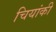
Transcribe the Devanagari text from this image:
चियांकी